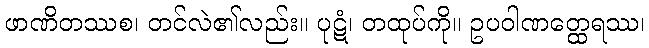
ဖာဏိတဿစ၊ တင်လဲ၏လည်း။ ပုဋံ၊ တထုပ်ကို။ ဥပဝါဏတ္ထေရဿ၊